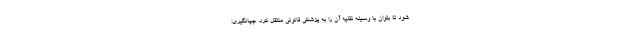
شود تا بتوان با وسیله نقلیه آن را به پزشکی قانونی منتقل کرد. جهانگیری: